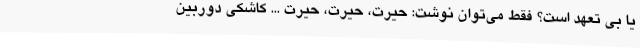
یا بی تعهد است؟ فقط می‌توان نوشت: حیرت، حیرت، حیرت ... کاشکی دوربین